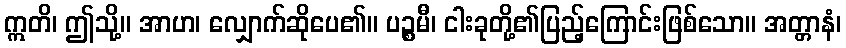
ဣတိ၊ ဤသို့။ အာဟ၊ လျှောက်ဆိုပေ၏။ ပဉ္စမီ၊ ငါးခုတို့၏ပြည့်ကြောင်းဖြစ်သော။ အတ္တာနံ၊